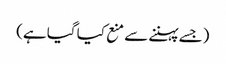
(جسے پہننے سے منع کیا گیا ہے)